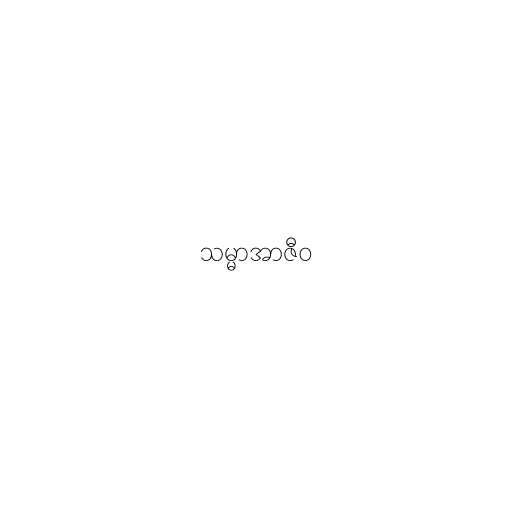
သမ္မာအာဇီဝ